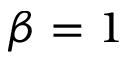
\boldsymbol \beta = 1